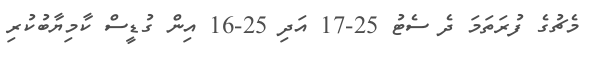
މެޗުގެ ފުރަތަމަ ދެ ސެޓު 25-17 އަދި 25-16 އިން ގުޑީސް ކާމިޔާބުކުރި